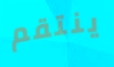
ينتقم